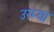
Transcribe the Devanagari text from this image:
उरम्या